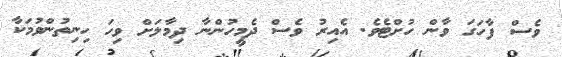
ވެސް ފާހަގަ ވާން ހުށްޓެވެ. އެއިރު ވެސް ދެމީހުންނާ ދިމާލަށް ވިހަ ހިނިތުންވުމަކާ